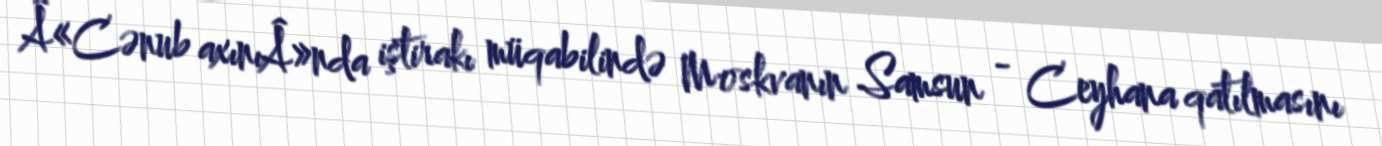
Â«Cənub axınıÂ»nda iştirakı müqabilində Moskvanın Samsun - Ceyhana qatılmasını